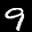
Label: 9